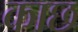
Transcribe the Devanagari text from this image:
काछ